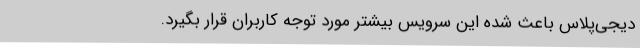
دیجی‌پلاس باعث شده این سرویس بیشتر مورد توجه کاربران قرار بگیرد.